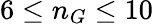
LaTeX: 6\le n_{G}\le 10